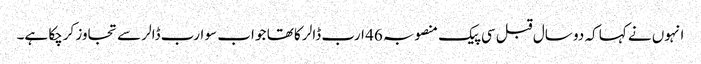
انہوں نے کہا کہ دو سال قبل سی پیک منصوبہ 46 ارب ڈالر کا تھا جو اب سو ارب ڈالر سے تجاوز کرچکا ہے۔